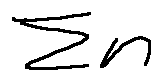
\sum n